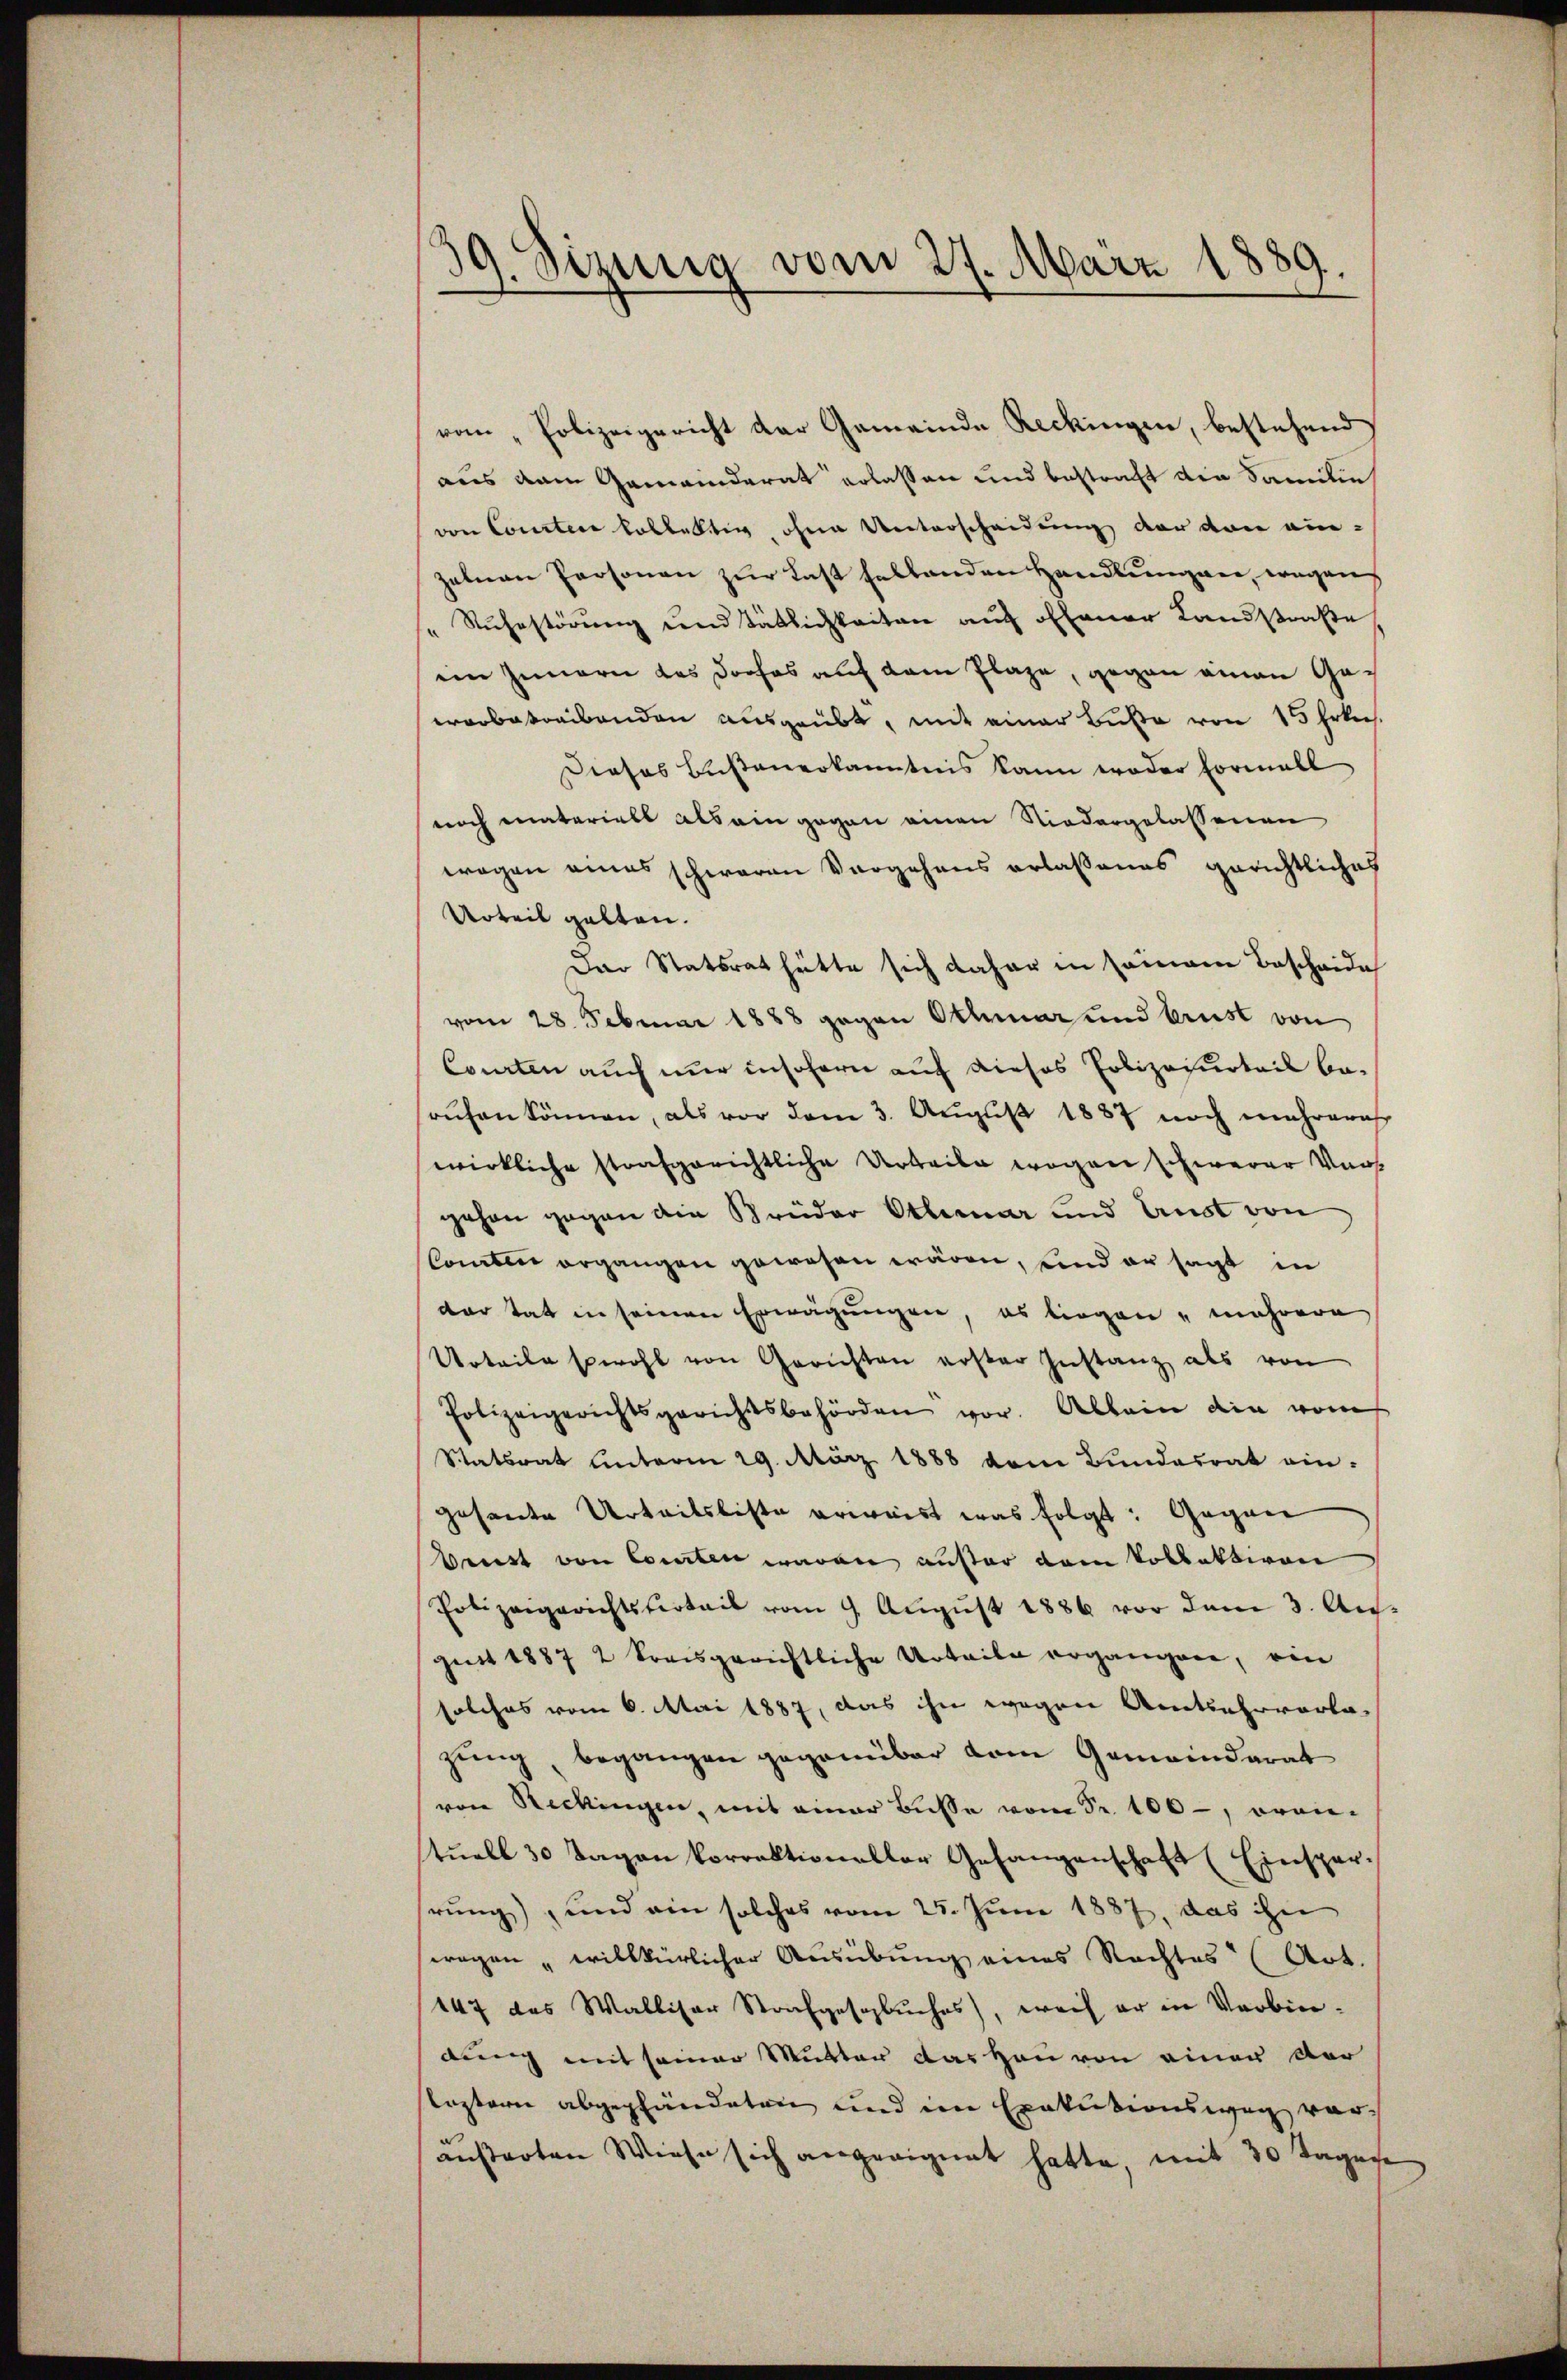
39. Sizung vom 27. März 1889.

vom „Polizeigericht der Gemeinde Reckingen, bestehend
aus dem Gemeinderat erlassen und bestraft die Samilie
von Courter lobbaltig, ohne Unterscheidung der von ein-
zelnen Personen zur Last habhanden Handlungen, wegen
" Rŭhestörŭng und tätlichkeiten auf offener Landstraße
iin Innern das Dorfes auf dem Plaze, gegen einen Geworbestreibenden ausgeübt, mit einer Buße von 15 Erkens¬
Dieses Busteuerkanntnis kann weder Formell
noch materiell als ein gegen einen Niedergelassenen
wegen eines schweren Vergehens erlassenes gerichtliches
Urteil gelten.
Der Statsrat hätte sich daher in seinem Bescheide
vom 28. Februar 1888 gegen Othmar und brust von
Courten auch nur insofern auf dieses Polizeiurteil berŭfen können, als vor dem 3. August 1887 noch mehreris
wirkliche strafgerichtliche Urteile wegen schwerer Vergehen gegen die Brüder Otterar und Aust von
Comten ergangen gewesen wären, und er sagt in
der Tat in seinen Erwägungen, es liegen mehrere
Urteile sowohl von Gerichten erster Instanz als von
Polizeigerichtsgerichtsbehörden vor. Allein die vom
Statsrat unterm 29. März 1888 vom Bundesrat ein-
gesandte Urteilsliste erwaist was folgt: Gegen
brust von Comiten waren auser dem Vollektiven
Polizeigerichtsferteil vom 9. Aŭgŭst 1886 vor dem 3. Au
gust 1887 2 kreisgerichtliche Urteile ergangen, ein
solches vom 6. Mai 1887, das ihn wegen Amtsehrverla
zung, begangen gegenüber dem Gemeinderat
von Reckingen, mit einer Bŭsse vom Fr. 100, oran-
tuell 30 Tagen korrektioneller Gefangenschaft (Einsperrung), und ein solches vom 25. Juni 1887, das ihn
ragen willkürlicher Ausübung eines Rechtes (Art.
147 das Walliser Strafgeschluches), weil er in Verbindung mit seiner Mutter das Hau von einer der
leztern abgepfändeten und im Exekutionsweg voransarten Wiese sich angeeignet hatte, mit 30 Tagese